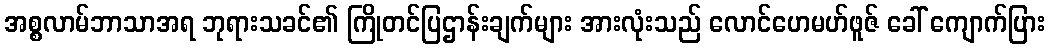
အစ္စလာမ်ဘာသာအရ ဘုရားသခင်၏ ကြိုတင်ပြဌာန်းချက်များ အားလုံးသည် လောင်ဟေမဟ်ဖူဇ် ခေါ် ကျောက်ပြား